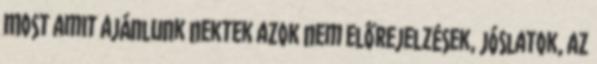
Most amit ajánlunk nektek azok nem előrejelzések, jóslatok, az